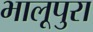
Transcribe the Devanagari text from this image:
भालूपुरा